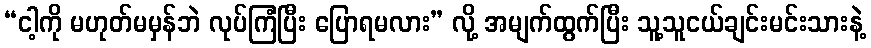
“ငါ့ကို မဟုတ်မမှန်ဘဲ လုပ်ကြံပြီး ပြောရမလား” လို့ အမျက်ထွက်ပြီး သူ့သူငယ်ချင်းမင်းသားနဲ့